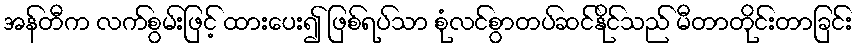
အန်တီက လက်စွမ်းဖြင့် ထားပေး၍ ဖြစ်ရပ်သာ စုံလင်စွာတပ်ဆင်နိုင်သည် မီတာတိုင်းတာခြင်း